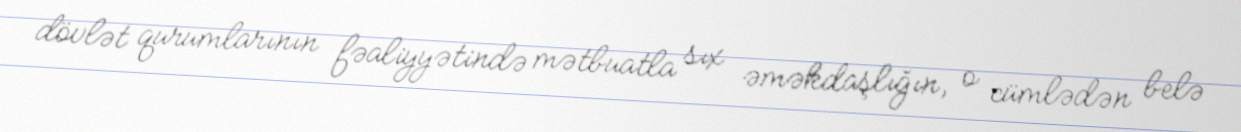
dövlət qurumlarının fəaliyyətində mətbuatla sıx əməkdaşlığın, o cümlədən belə